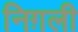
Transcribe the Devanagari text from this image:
निग़ली